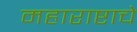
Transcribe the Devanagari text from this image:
महाराष्टाचे